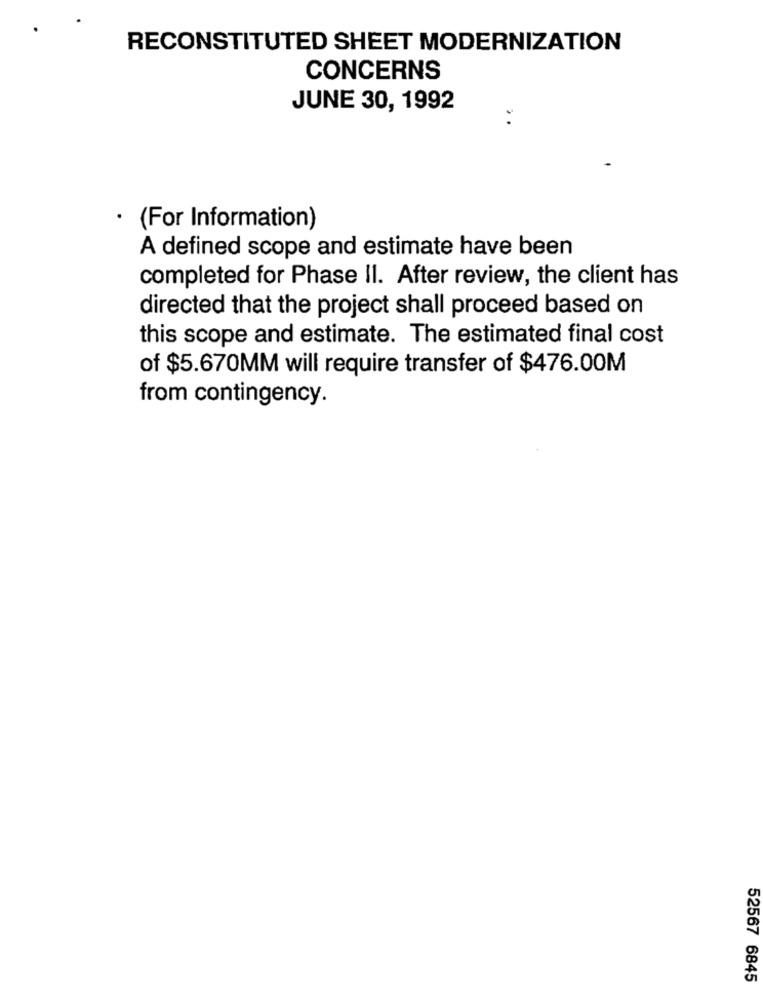
RECONSTITUTED SHEET MODERNIZATION
CONCERNS
JUNE 30, 1992
· (For Information)
A defined scope and estimate have been
completed for Phase II. After review, the client has
directed that the project shall proceed based on
this scope and estimate. The estimated final cost
of $5.670MM will require transfer of $476.00M
from contingency.
52567 6845